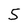
Character: 5